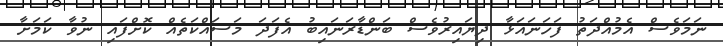
ނަމަވެސް އެމުއްދަތު ފަހަނައަޅާ ދިޔައިރުވެސް ބަންޑާރަނައިބު އެފަދަ މަސައްކަތެއް ކޮށްފައި ނުވާ ކަމަށާ